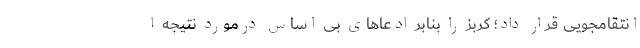
انتقامجویی قرار داد؛ کربز را بنابر ادعاهای بی اساس درمورد نتیجه ا